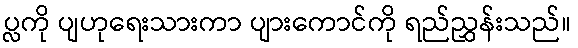
ပ္လကို ပျဟုရေးသားကာ ပျားကောင်ကို ရည်ညွှန်းသည်။